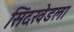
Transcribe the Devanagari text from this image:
सिंदखेडला